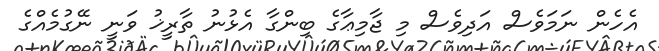
އެހެން ނަމަވެސް އަދިވެސް މި ޖާމިޢާގެ ބިންގާ އެޅުނު ތާރީޚު ވަނީ ނޭގުމެއްގެ